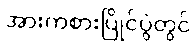
အားကစားပြိုင်ပွဲတွင်